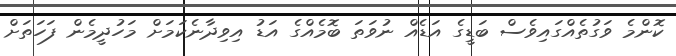
ކޮންމެ ވަގުތެއްގައިވެސް ބަޑީގެ އަޑެއް ނުވަތަ ބޮމެއްގެ އަޑު އިވިދާނެކަމަށް މަހުދީމެން ފަހަތަށް